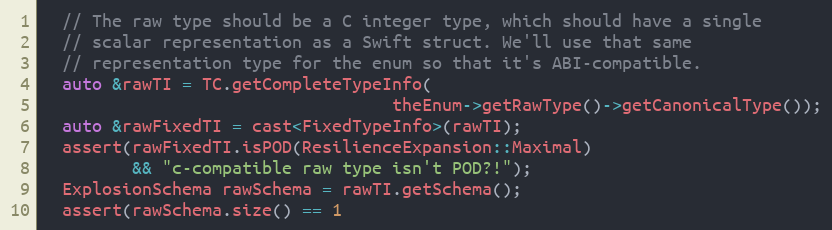
Language: C++
  // The raw type should be a C integer type, which should have a single
  // scalar representation as a Swift struct. We'll use that same
  // representation type for the enum so that it's ABI-compatible.
  auto &rawTI = TC.getCompleteTypeInfo(
                                   theEnum->getRawType()->getCanonicalType());
  auto &rawFixedTI = cast<FixedTypeInfo>(rawTI);
  assert(rawFixedTI.isPOD(ResilienceExpansion::Maximal)
         && "c-compatible raw type isn't POD?!");
  ExplosionSchema rawSchema = rawTI.getSchema();
  assert(rawSchema.size() == 1